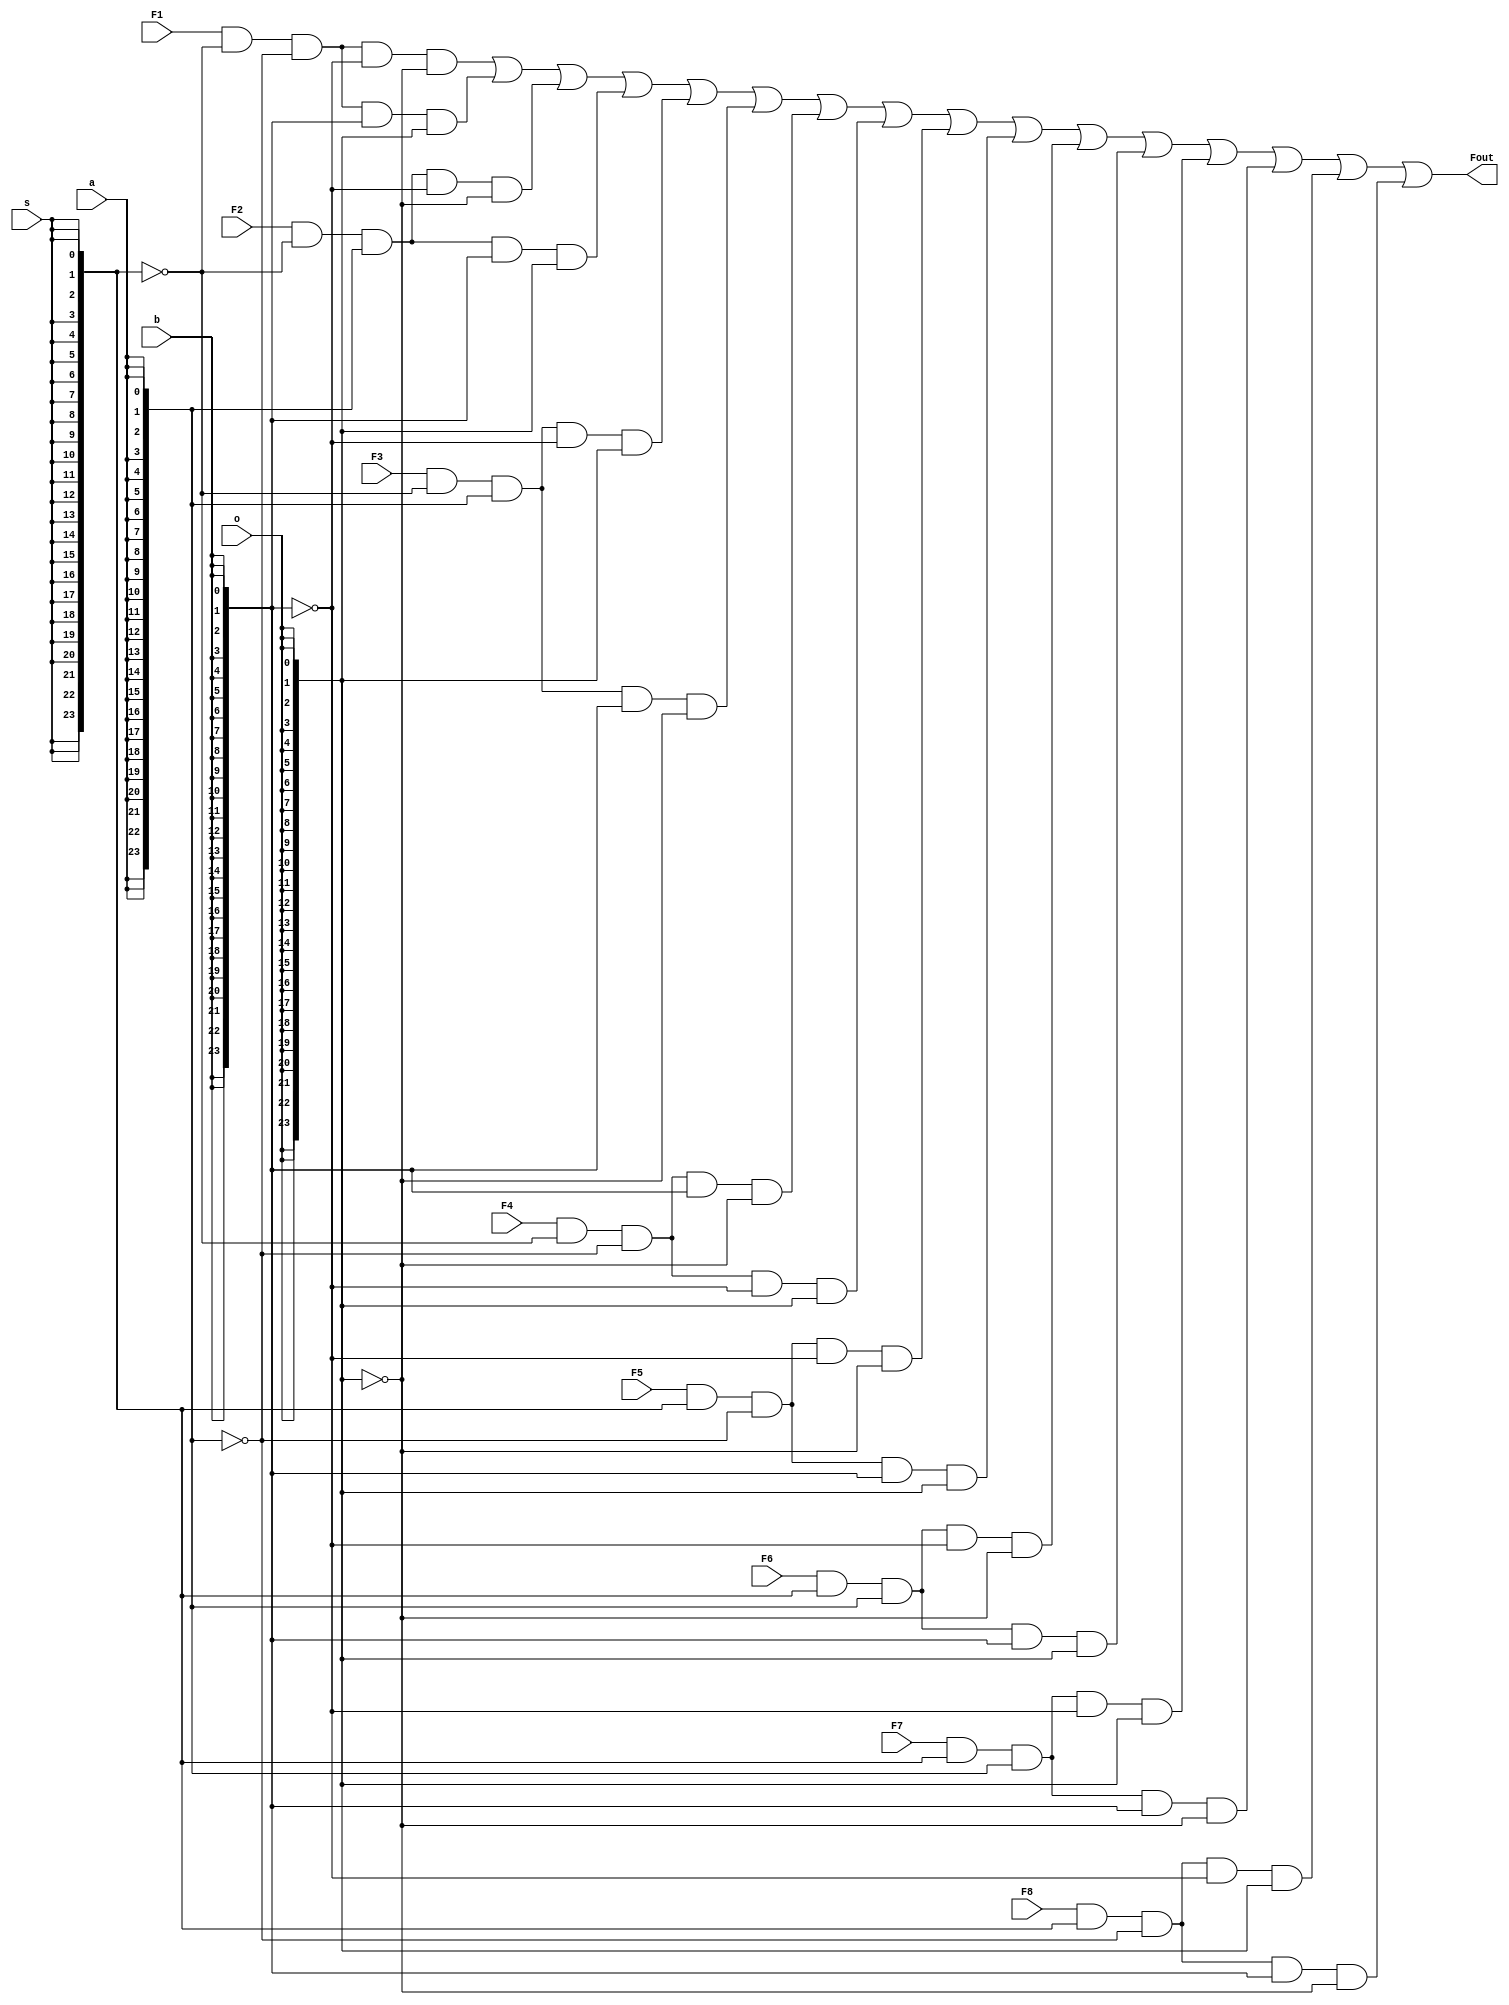
module Mux4to1(s, a, b, o, F1, F2, F3, F4, F5, F6, F7 ,F8, Fout);
	input s, a, b,o;//S=0: khi A>B
				  //S=1: khi A<B
				  //A, B la dau cua 2 toan hang dau vao
	input [23:0] F1, F2, F3, F4, F5, F6, F7 ,F8;//chua tat ca cac ket qua tinh toan tu Fout1-->Fout8
	output [23:0] Fout; //ngo ra cua phep tinh
	wire [23:0] A, B, O, S;
	
	assign A[23]=a;
	assign A[22]=a;
	assign A[21]=a;
	assign A[20]=a;
	
	assign A[19]=a;
	assign A[18]=a;
	assign A[17]=a;
	assign A[16]=a;
	
	assign A[15]=a;
	assign A[14]=a;
	assign A[13]=a;
	assign A[12]=a;
	
	assign A[11]=a;
	assign A[10]=a;
	assign A[9]=a;
	assign A[8]=a;
	
	assign A[7]=a;
	assign A[6]=a;
	assign A[5]=a;
	assign A[4]=a;
	
	assign A[3]=a;
	assign A[2]=a;
	assign A[1]=a;
	assign A[0]=a;
	
	
	
	assign B[23]=b;
	assign B[22]=b;
	assign B[21]=b;
	assign B[20]=b;
	
	assign B[19]=b;
	assign B[18]=b;
	assign B[17]=b;
	assign B[16]=b;
	
	assign B[15]=b;
	assign B[14]=b;
	assign B[13]=b;
	assign B[12]=b;
	
	assign B[11]=b;
	assign B[10]=b;
	assign B[9]=b;
	assign B[8]=b;
	
	assign B[7]=b;
	assign B[6]=b;
	assign B[5]=b;
	assign B[4]=b;
	
	assign B[3]=b;
	assign B[2]=b;
	assign B[1]=b;
	assign B[0]=b;
	
	
	
	assign O[23]=o;
	assign O[22]=o;
	assign O[21]=o;
	assign O[20]=o;
	
	assign O[19]=o;
	assign O[18]=o;
	assign O[17]=o;
	assign O[16]=o;
	
	assign O[15]=o;
	assign O[14]=o;
	assign O[13]=o;
	assign O[12]=o;
	
	assign O[11]=o;
	assign O[10]=o;
	assign O[9]=o;
	assign O[8]=o;
	
	assign O[7]=o;
	assign O[6]=o;
	assign O[5]=o;
	assign O[4]=o;
	
	assign O[3]=o;
	assign O[2]=o;
	assign O[1]=o;
	assign O[0]=o;
	
	
	assign S[23]=s;
	assign S[22]=s;
	assign S[21]=s;
	assign S[20]=s;
	
	assign S[19]=s;
	assign S[18]=s;
	assign S[17]=s;
	assign S[16]=s;
	
	assign S[15]=s;
	assign S[14]=s;
	assign S[13]=s;
	assign S[12]=s;
	
	assign S[11]=s;
	assign S[10]=s;
	assign S[9]=s;
	assign S[8]=s;
	
	assign S[7]=s;
	assign S[6]=s;
	assign S[5]=s;
	assign S[4]=s;
	
	assign S[3]=s;
	assign S[2]=s;
	assign S[1]=s;
	assign S[0]=s;
	
	assign Fout=F1&~S&~A&~B&~O | F1&~S&~A&B&O | F2&~S&A&~B&~O | F2&~S&A&B&O | F3&~S&A&~B&O | F3&~S&A&B&~O | F4&~S&~A&B&~O | F4&~S&~A&~B&O | F5&S&~A&~B&~O |F5&S&~A&B&O 
				| F6&S&A&~B&~O | F6&S&A&B&O | F7&S&A&~B&O | F7&S&A&B&~O | F8&S&~A&~B&O | F8&S&~A&B&~O;
	
endmodule